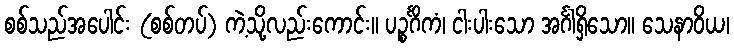
စစ်သည်အပေါင်း (စစ်တပ်) ကဲ့သို့လည်းကောင်း။ ပဉ္စင်္ဂိကံ၊ ငါးပါးသော အင်္ဂါရှိသော။ သေနာဝိယ၊